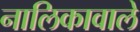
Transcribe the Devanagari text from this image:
नालिकावाले